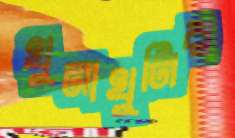
খুনাখুনির